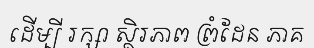
ដើម្បី រក្សា ស្ថិរភាព ព្រំដែន ភាគ